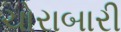
ચોરાબારી